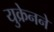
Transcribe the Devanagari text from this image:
युक्रेनने